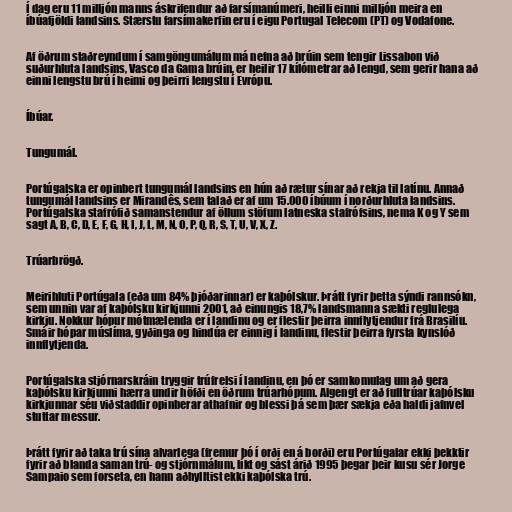
Í dag eru 11 milljón manns áskrifendur að farsímanúmeri, heilli einni milljón meira en
íbúafjöldi landsins. Stærstu farsímakerfin eru í eigu Portugal Telecom (PT) og Vodafone.

Af öðrum staðreyndum í samgöngumálum má nefna að brúin sem tengir Lissabon við
suðurhluta landsins, Vasco da Gama brúin, er heilir 17 kílómetrar að lengd, sem gerir hana að
einni lengstu brú í heimi og þeirri lengstu í Evrópu.

Íbúar.

Tungumál.

Portúgalska er opinbert tungumál landsins en hún að rætur sínar að rekja til latínu. Annað
tungumál landsins er Mirandês, sem talað er af um 15.000 íbúum í norðurhluta landsins.
Portúgalska stafrófið samanstendur af öllum stöfum latneska stafrófsins, nema K og Y sem
sagt A, B, C, D, E, F, G, H, I, J, L, M, N, O, P, Q, R, S, T, U, V, X, Z.

Trúarbrögð.

Meirihluti Portúgala (eða um 84% þjóðarinnar) er kaþólskur. Þrátt fyrir þetta sýndi rannsókn,
sem unnin var af kaþólsku kirkjunni 2001, að einungis 18,7% landsmanna sækti reglulega
kirkju. Nokkur hópur mótmælenda er í landinu og er flestir þeirra innflytjendur frá Brasilíu.
Smáir hópar múslíma, gyðinga og hindúa er einnig í landinu, flestir þeirra fyrsta kynslóð
innflytjenda.

Portúgalska stjórnarskráin tryggir trúfrelsi í landinu, en þó er samkomulag um að gera
kaþólsku kirkjunni hærra undir höfði en öðrum trúarhópum. Algengt er að fulltrúar kaþólsku
kirkjunnar séu viðstaddir opinberar athafnir og blessi þá sem þær sækja eða haldi jafnvel
stuttar messur.

Þrátt fyrir að taka trú sína alvarlega (fremur þó í orði en á borði) eru Portúgalar ekki þekktir
fyrir að blanda saman trú- og stjórnmálum, líkt og sást árið 1995 þegar þeir kusu sér Jorge
Sampaio sem forseta, en hann aðhylltist ekki kaþólska trú.